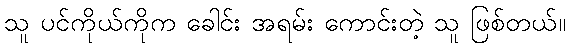
သူ ပင်ကိုယ်ကိုက ခေါင်း အရမ်း ကောင်းတဲ့ သူ ဖြစ်တယ်။